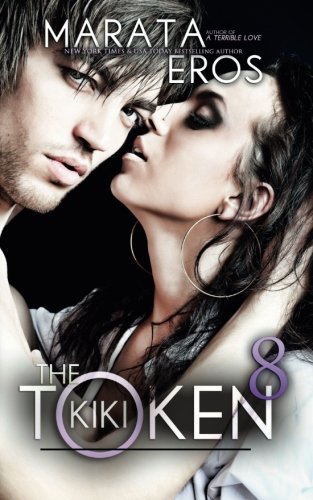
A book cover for The Token 8 (Volume 8); Marata Eros; Romance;